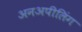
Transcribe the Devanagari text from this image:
अनअपीलिंग